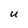
Character: u